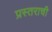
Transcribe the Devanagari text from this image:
प्रस्तराची